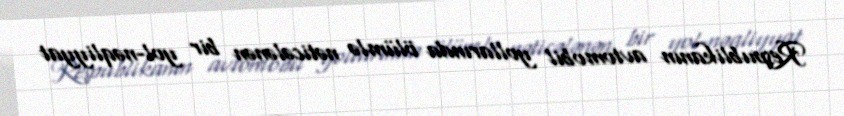
Respublikanın avtomobil yollarında ölümlə nəticələnən bir yol-nəqliyyat